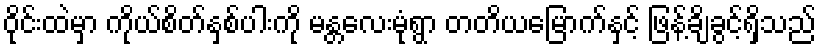
ဝိုင်းထဲမှာ ကိုယ်စိတ်နှစ်ပါးကို မန္တလေးမုံရွာ တတိယမြောက်နှင့် ဖြန့်ချိခွင့်ရှိသည်